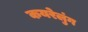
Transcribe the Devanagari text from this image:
कयरेलुंग